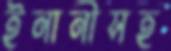
ইনানীসহ